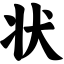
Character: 状